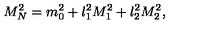
M _ { N } ^ { 2 } = m _ { 0 } ^ { 2 } + l _ { 1 } ^ { 2 } M _ { 1 } ^ { 2 } + l _ { 2 } ^ { 2 } M _ { 2 } ^ { 2 } ,